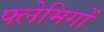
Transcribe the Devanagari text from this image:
फ्लेमिगों